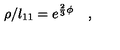
\rho / l _ { 1 1 } = e ^ { \frac { 2 } { 3 } \phi } \quad ,